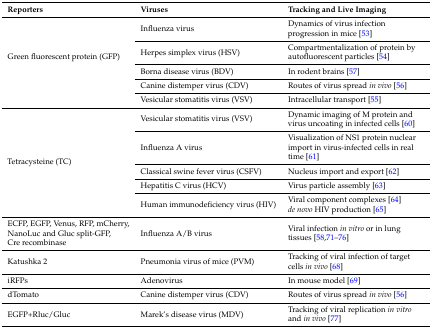
<table><thead><tr><td><b>Reporters</b></td><td><b>Viruses</b></td><td><b>Tracking and Live Imaging</b></td></tr></thead><tbody><tr><td rowspan="5">Green fluorescent protein (GFP)</td><td>Influenza virus</td><td>Dynamics of virus infection progression in mice [53]</td></tr><tr><td>Herpes simplex virus (HSV)</td><td>Compartmentalization of protein by autofluorescent particles [54]</td></tr><tr><td>Borna disease virus (BDV)</td><td>In rodent brains [57]</td></tr><tr><td>Canine distemper virus (CDV)</td><td>Routes of virus spread <i>in vivo</i> [56]</td></tr><tr><td>Vesicular stomatitis virus (VSV)</td><td>Intracellular transport [55]</td></tr><tr><td rowspan="5">Tetracysteine (TC)</td><td>Vesicular stomatitis virus (VSV)</td><td>Dynamic imaging of M protein and virus uncoating in infected cells [60]</td></tr><tr><td>Influenza A virus</td><td>Visualization of NS1 protein nuclear import in virus-infected cells in real time [61]</td></tr><tr><td>Classical swine fever virus (CSFV)</td><td>Nucleus import and export [62]</td></tr><tr><td>Hepatitis C virus (HCV) </td><td>Virus particle assembly [63]</td></tr><tr><td>Human immunodeficiency virus (HIV)</td><td>Viral component complexes [64] <i>de novo</i> HIV production [65]</td></tr><tr><td>ECFP, EGFP, Venus, RFP, mCherry, NanoLuc and Gluc split-GFP, Cre recombinase</td><td>Influenza A/B virus</td><td>Viral infection <i>in vitro</i> or in lung tissues [58,71,72,73,74,75,76]</td></tr><tr><td>Katushka 2</td><td>Pneumonia virus of mice (PVM)</td><td>Tracking of viral infection of target cells <i>in vivo</i> [68]</td></tr><tr><td>iRFPs</td><td>Adenovirus</td><td>In mouse model [69]</td></tr><tr><td>dTomato</td><td>Canine distemper virus (CDV)</td><td>Routes of virus spread <i>in vivo</i> [56]</td></tr><tr><td>EGFP+Rluc/Gluc</td><td>Marek’s disease virus (MDV)</td><td>Tracking of viral replication <i>in vitro</i> and <i>in vivo</i> [77]</td></tr></tbody></table>